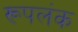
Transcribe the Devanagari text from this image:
रूपलंक